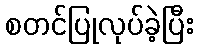
စတင်ပြုလုပ်ခဲ့ပြီး